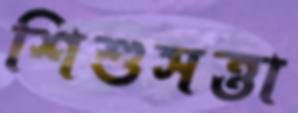
শিশুসত্তা